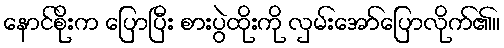
နောင်စိုးက ပြောပြီး စားပွဲထိုးကို လှမ်းအော်ပြောလိုက်၏။